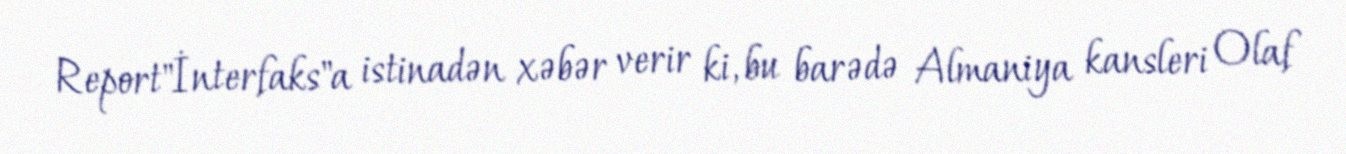
Report"İnterfaks"a istinadən xəbər verir ki, bu barədə Almaniya kansleri Olaf